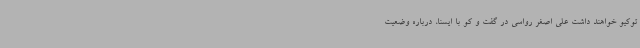
توکیو خواهند داشت علی اصغر رواسی در گفت و کو با ایسنا، درباره وضعیت